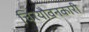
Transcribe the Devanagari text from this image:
चिरयौवनकारी